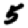
Digit: 5